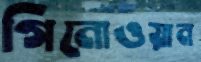
গিনোওয়ান